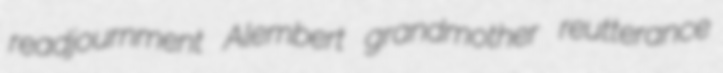
readjournment Alembert grandmother reutterance